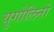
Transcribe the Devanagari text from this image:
युगोलिनो